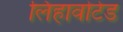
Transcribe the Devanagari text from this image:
लिहावोटेड